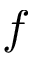
f